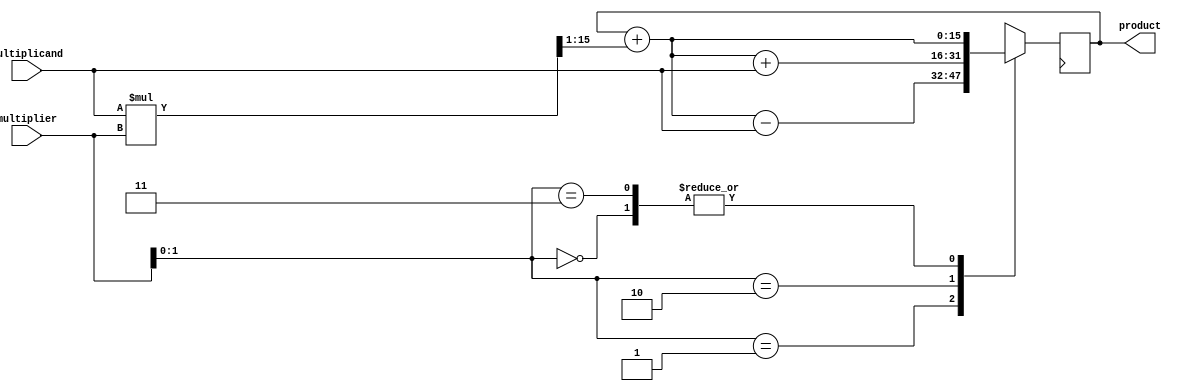
module booth_multiplier(
    input [7:0] multiplicand,
    input [7:0] multiplier,
    output reg [15:0] product
);

reg [7:0] multiplier_shifted;
reg [7:0] multiplicand_shifted;
reg [15:0] partial_product;

always @(*) begin
    multiplier_shifted = {multiplier[7], multiplier};
    multiplicand_shifted = {multiplicand[7], multiplicand};
end

always @(posedge clk) begin
    partial_product = multiplicand_shifted * multiplier_shifted;
    case (multiplier_shifted[1:0])
        2'b00: product = product + (partial_product >> 1);
        2'b01: product = product + (partial_product >> 1) - multiplicand_shifted;
        2'b10: product = product + (partial_product >> 1) + multiplicand_shifted;
        2'b11: product = product + (partial_product >> 1);
    endcase
end
endmodule